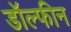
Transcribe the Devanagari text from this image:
डॉल्‍फीन